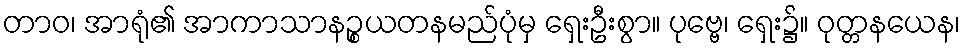
တာဝ၊ အာရုံ၏ အာကာသာနဉ္စယတနမည်ပုံမှ ရှေးဦးစွာ။ ပုဗ္ဗေ၊ ရှေး၌။ ဝုတ္တနယေန၊